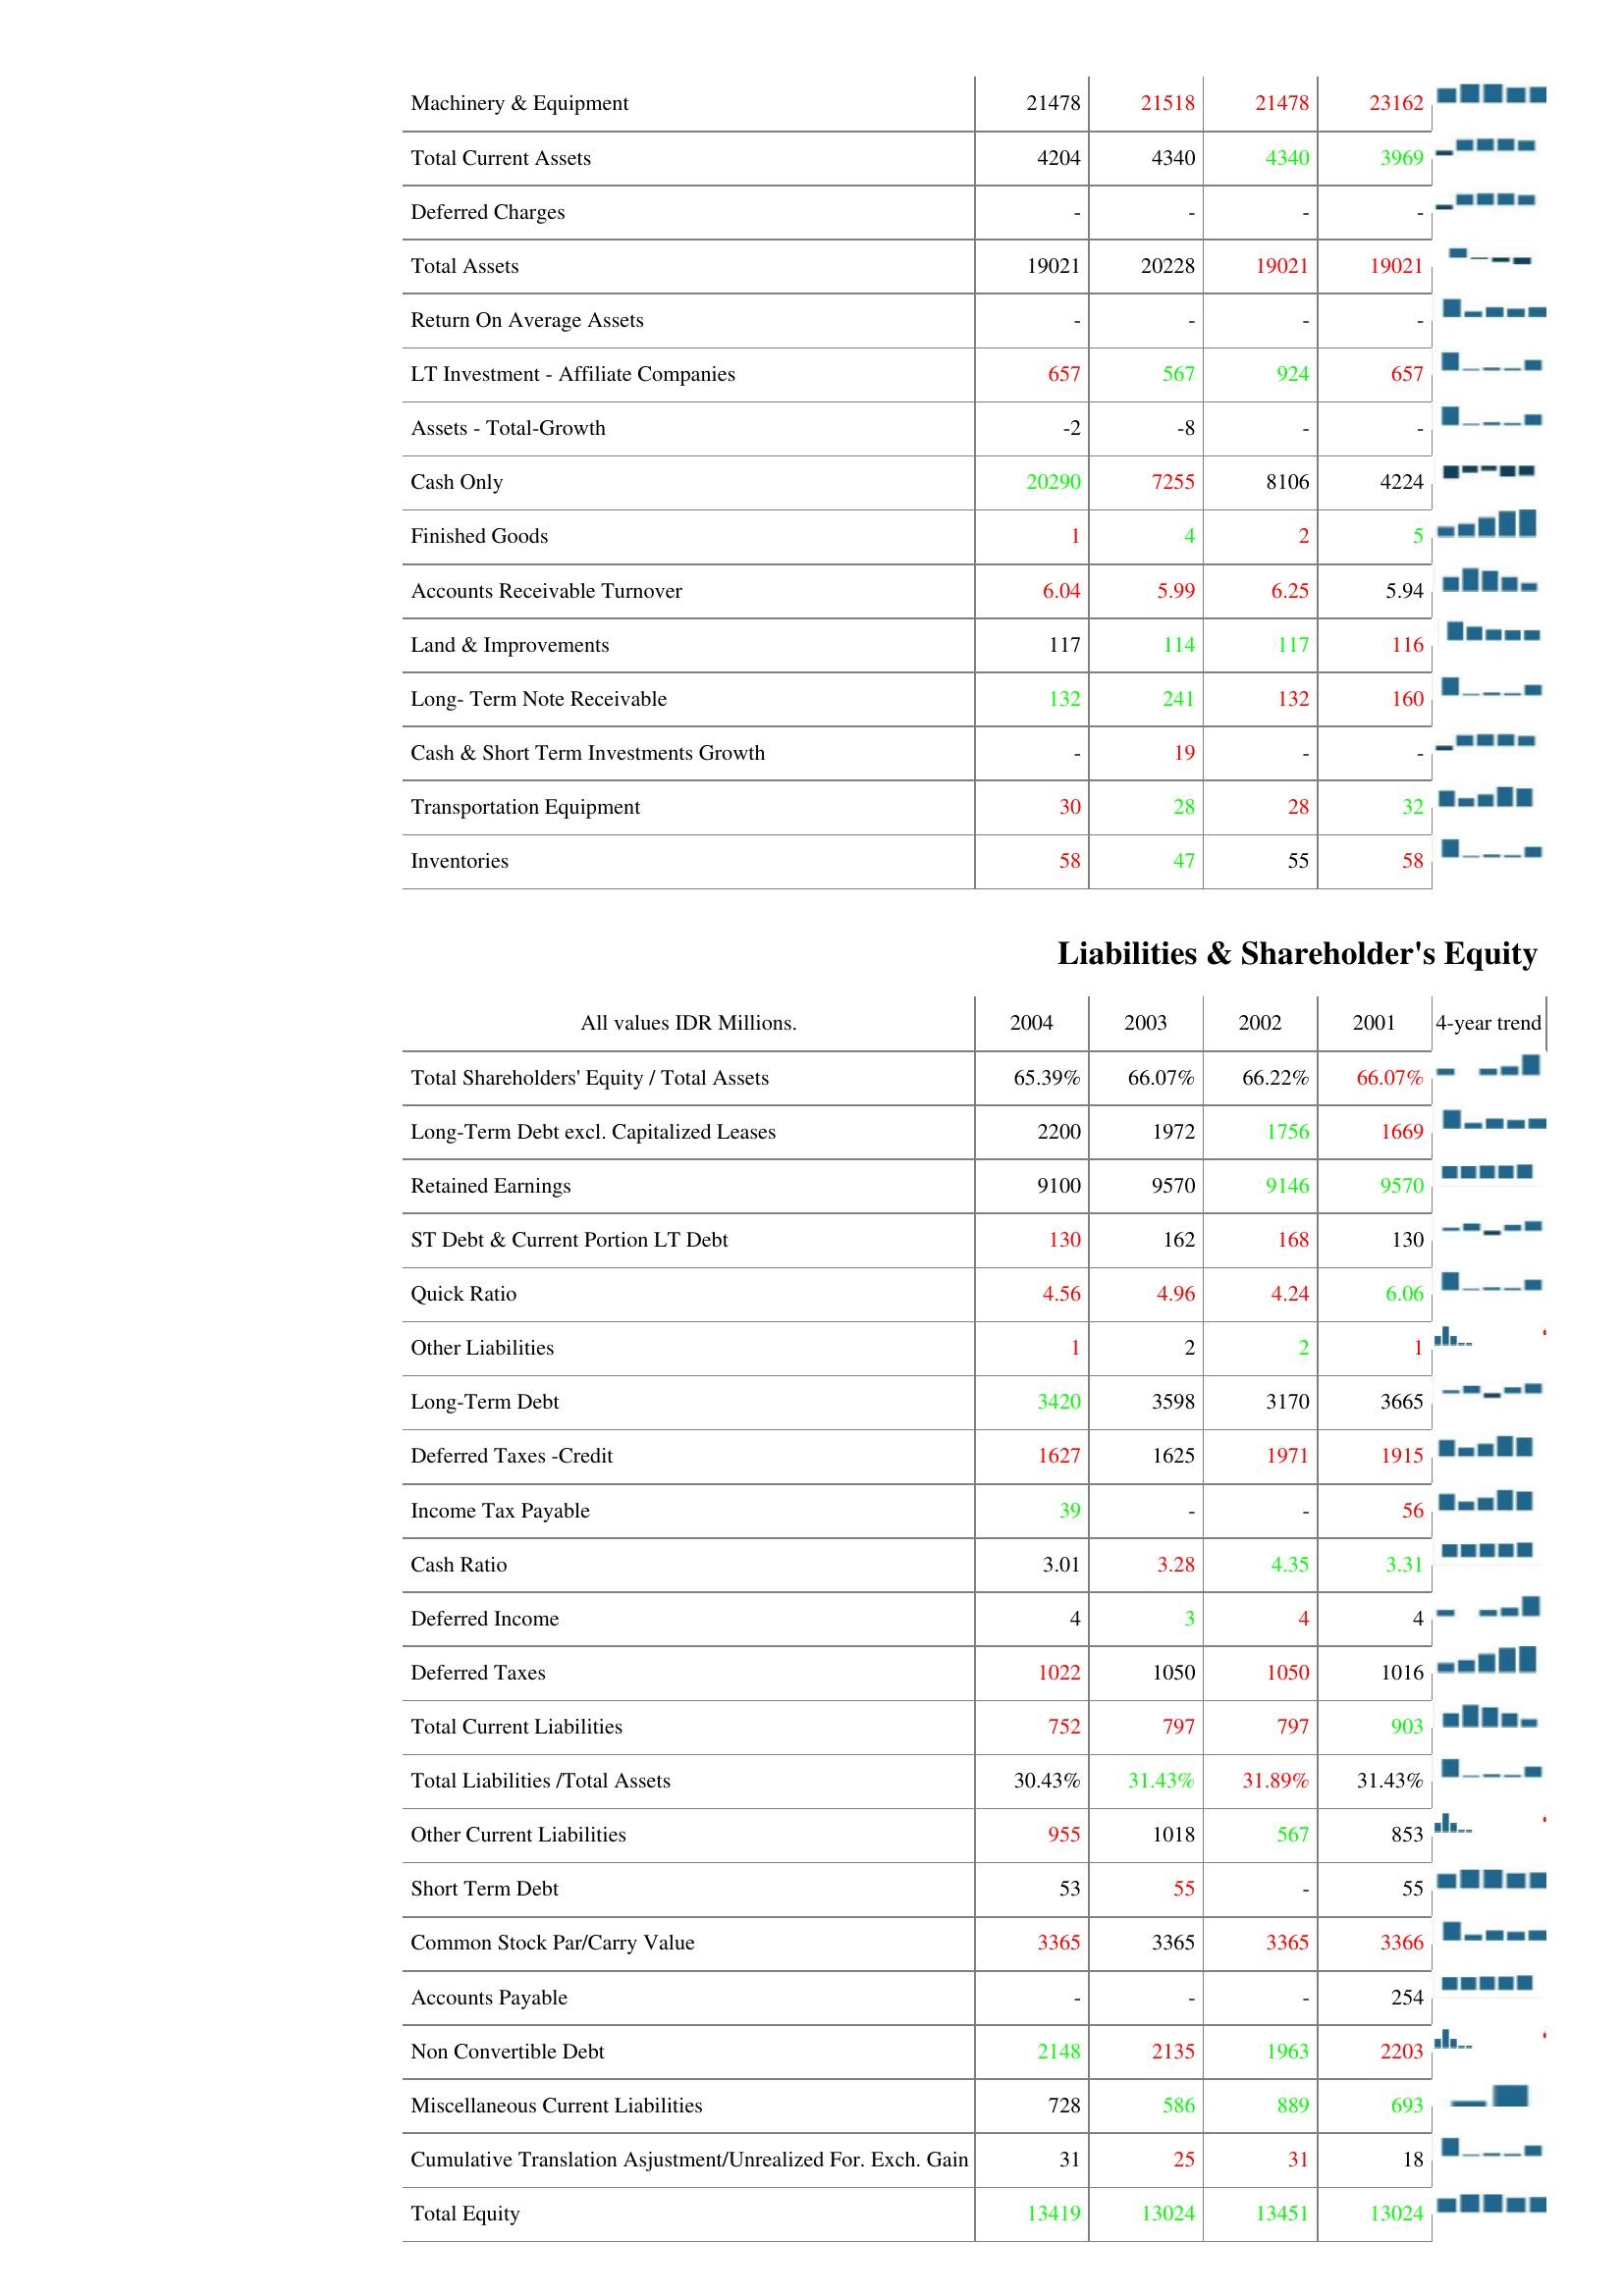
2004: Assets: Machinery & Equipment: 21478
Total Current Assets: 4204
Deferred Charges: -
Total Assets: 19021
Return On Average Assets: -
LT Investment - Affiliate Companies: 657
Assets - Total-Growth: -2
Cash Only: 20290
Finished Goods: 1
Accounts Receivable Turnover: 6.04
Land & Improvements: 117
Long- Term Note Receivable: 132
Cash & Short Term Investments Growth: -
Transportation Equipment: 30
Inventories: 58
Liabilities & Shareholder's Equity: Total Shareholders' Equity / Total Assets: 65.39%
Long-Term Debt excl. Capitalized Leases: 2200
Retained Earnings: 9100
ST Debt & Current Portion LT Debt: 130
Quick Ratio: 4.56
Other Liabilities: 1
Long-Term Debt: 3420
Deferred Taxes -Credit: 1627
Income Tax Payable: 39
Cash Ratio: 3.01
Deferred Income: 4
Deferred Taxes: 1022
Total Current Liabilities: 752
Total Liabilities /Total Assets: 30.43%
Other Current Liabilities: 955
Short Term Debt: 53
Common Stock Par/Carry Value: 3365
Accounts Payable: -
Non Convertible Debt: 2148
Miscellaneous Current Liabilities: 728
Cumulative Translation Asjustment/Unrealized For. Exch. Gain: 31
Total Equity: 13419
2003: Assets: Machinery & Equipment: 21518
Total Current Assets: 4340
Deferred Charges: -
Total Assets: 20228
Return On Average Assets: -
LT Investment - Affiliate Companies: 567
Assets - Total-Growth: -8
Cash Only: 7255
Finished Goods: 4
Accounts Receivable Turnover: 5.99
Land & Improvements: 114
Long- Term Note Receivable: 241
Cash & Short Term Investments Growth: 19
Transportation Equipment: 28
Inventories: 47
Liabilities & Shareholder's Equity: Total Shareholders' Equity / Total Assets: 66.07%
Long-Term Debt excl. Capitalized Leases: 1972
Retained Earnings: 9570
ST Debt & Current Portion LT Debt: 162
Quick Ratio: 4.96
Other Liabilities: 2
Long-Term Debt: 3598
Deferred Taxes -Credit: 1625
Income Tax Payable: -
Cash Ratio: 3.28
Deferred Income: 3
Deferred Taxes: 1050
Total Current Liabilities: 797
Total Liabilities /Total Assets: 31.43%
Other Current Liabilities: 1018
Short Term Debt: 55
Common Stock Par/Carry Value: 3365
Accounts Payable: -
Non Convertible Debt: 2135
Miscellaneous Current Liabilities: 586
Cumulative Translation Asjustment/Unrealized For. Exch. Gain: 25
Total Equity: 13024
2002: Assets: Machinery & Equipment: 21478
Total Current Assets: 4340
Deferred Charges: -
Total Assets: 19021
Return On Average Assets: -
LT Investment - Affiliate Companies: 924
Assets - Total-Growth: -
Cash Only: 8106
Finished Goods: 2
Accounts Receivable Turnover: 6.25
Land & Improvements: 117
Long- Term Note Receivable: 132
Cash & Short Term Investments Growth: -
Transportation Equipment: 28
Inventories: 55
Liabilities & Shareholder's Equity: Total Shareholders' Equity / Total Assets: 66.22%
Long-Term Debt excl. Capitalized Leases: 1756
Retained Earnings: 9146
ST Debt & Current Portion LT Debt: 168
Quick Ratio: 4.24
Other Liabilities: 2
Long-Term Debt: 3170
Deferred Taxes -Credit: 1971
Income Tax Payable: -
Cash Ratio: 4.35
Deferred Income: 4
Deferred Taxes: 1050
Total Current Liabilities: 797
Total Liabilities /Total Assets: 31.89%
Other Current Liabilities: 567
Short Term Debt: -
Common Stock Par/Carry Value: 3365
Accounts Payable: -
Non Convertible Debt: 1963
Miscellaneous Current Liabilities: 889
Cumulative Translation Asjustment/Unrealized For. Exch. Gain: 31
Total Equity: 13451
2001: Assets: Machinery & Equipment: 23162
Total Current Assets: 3969
Deferred Charges: -
Total Assets: 19021
Return On Average Assets: -
LT Investment - Affiliate Companies: 657
Assets - Total-Growth: -
Cash Only: 4224
Finished Goods: 5
Accounts Receivable Turnover: 5.94
Land & Improvements: 116
Long- Term Note Receivable: 160
Cash & Short Term Investments Growth: -
Transportation Equipment: 32
Inventories: 58
Liabilities & Shareholder's Equity: Total Shareholders' Equity / Total Assets: 66.07%
Long-Term Debt excl. Capitalized Leases: 1669
Retained Earnings: 9570
ST Debt & Current Portion LT Debt: 130
Quick Ratio: 6.06
Other Liabilities: 1
Long-Term Debt: 3665
Deferred Taxes -Credit: 1915
Income Tax Payable: 56
Cash Ratio: 3.31
Deferred Income: 4
Deferred Taxes: 1016
Total Current Liabilities: 903
Total Liabilities /Total Assets: 31.43%
Other Current Liabilities: 853
Short Term Debt: 55
Common Stock Par/Carry Value: 3366
Accounts Payable: 254
Non Convertible Debt: 2203
Miscellaneous Current Liabilities: 693
Cumulative Translation Asjustment/Unrealized For. Exch. Gain: 18
Total Equity: 13024